Annual report on the mental hospital in the Central Provinces and Berar (Nagpur) - 1927-1951
Year: 1927
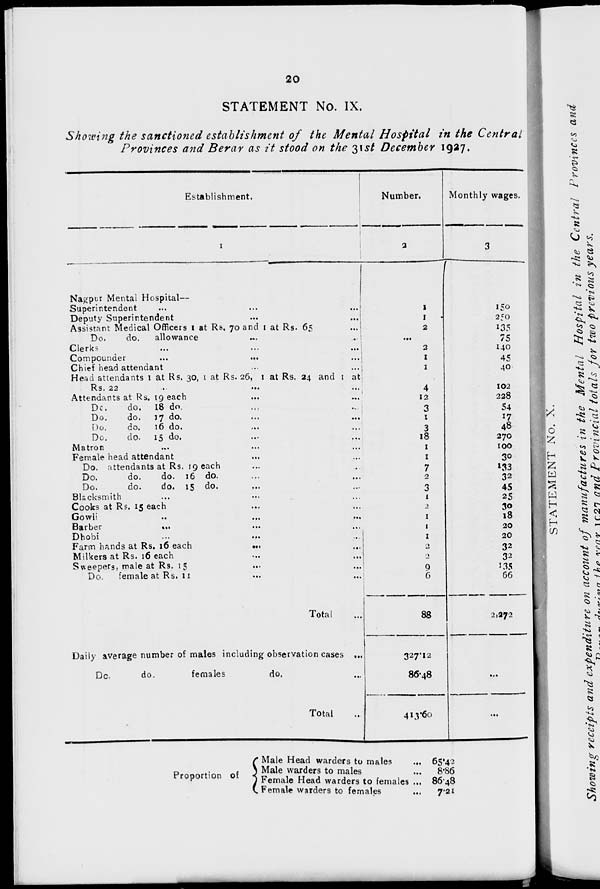
20
STATEMENT No. IX.
Showing the sanctioned establishment of the Mental Hospital in the Central
Provinces and Berar as it stood on the 31st December 1927.
Establishment.
1
Nagpur Mental Hospital—
Superintendent ... ... ...
Deputy Superintendent ... ...
Assistant Medical Officers 1 at Rs, 70 and 1 at Rs. 65 ...
Do.
do.
allowance ... ...
Clerks ... ... ...
Compounder
...
...
...
Chief head attendant ... ...
Head attendants 1 at Rs. 30, 1 at Rs. 26, 1 at Rs. 24 and 1 at
Rs. 22 ... ... ...
Attendants at Rs, 19 each ... ...
Do.
do.
18 do. ... ...
Do.
do. 17 do. ... ...
Do.
do. 16 do. ... ...
Do.
do. 15 do. ... ...
Matron ... ... ...
Female head attendant ... ...
Do. attendants at Rs. 19 each ... ...
Do.
do.
do. 16 do. ... ...
Do.
do.
do. 15 do. ... ...
Blacksmith ... ... ...
Cooks at Rs. 15 each ... ...
Gowli ... ... ...
Barber
...
...
...
Dhobi ... ... ...
Farm hands at Rs. 16 each
...
...
Milkers at Rs. 16 each ... ...
Sweepers, male at Rs. 15 ... ...
Do.
female at Rs. 11 ... ...
Total ...
Daily average number of males including observation cases ...
Do.
do.
females
do. ...
Total ...
Number.
2
1
1
2
...
2
1
1
4
12
3
1
3
18
1
1
7
2
3
1
2
1
1
1
2
2
9
6
88
327.12
86.48
413.60
Monthly wages.
3
150
250
135
75
140
45
40
102
228
54
17
48
270
100
30
133
32
45
25
30
18
20
20
32
32
135
66
2,272
...
...
...
Proportion of
Male Head warders to males ...
Male warders to males ...
Female Head warders to females ...
Female warders to females ...
65.42
8.86
86.48
7.21